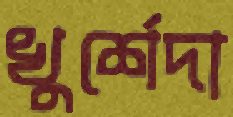
খুর্শেদা